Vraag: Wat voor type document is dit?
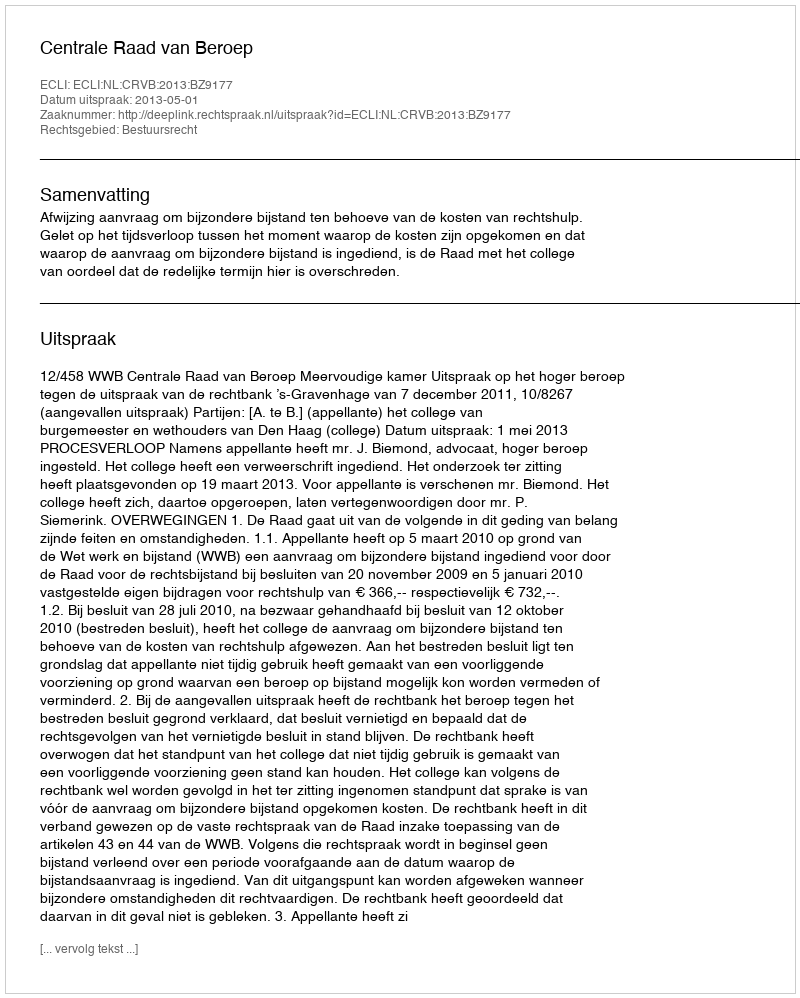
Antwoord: Uitspraak